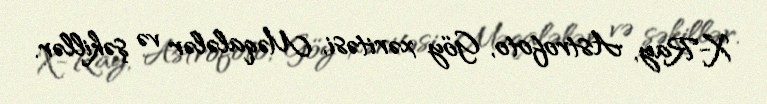
X-Ray, Astrofoto, Göy xəritəsi, Məqalələr və şəkillər.